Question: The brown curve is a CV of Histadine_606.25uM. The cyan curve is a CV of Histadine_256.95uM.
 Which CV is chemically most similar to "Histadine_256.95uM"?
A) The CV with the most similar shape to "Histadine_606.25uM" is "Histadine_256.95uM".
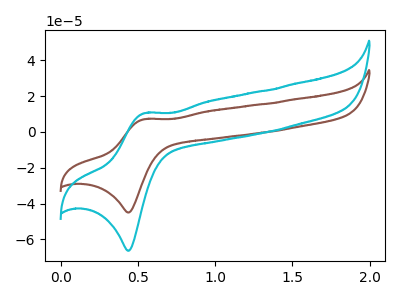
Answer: <think>The brown curve "Histadine_606.25uM" has an anodic peak at (0.55V, 7.15uA) and a cathodic peak at (0.45V, -45.00uA). The cyan curve "Histadine_256.95uM" has an anodic peak at (0.55V, 10.50uA) and a cathodic peak at (0.45V, -66.35uA).
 All the peaks in "Histadine_606.25uM" have a peak in "Histadine_256.95uM" at the same potential. Every peak in "Histadine_606.25uM" is lower than every peak in "Histadine_256.95uM".</think>
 <answer>A) The CV with the most similar shape to "Histadine_606.25uM" is "Histadine_256.95uM".</answer>
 <eval>A</eval>